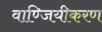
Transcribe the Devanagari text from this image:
वाण्जियीकरण